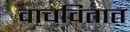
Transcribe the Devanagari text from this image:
वाचवितात